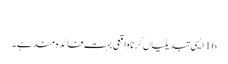
‏
16 ایسی تبدیلیاں کرنا واقعی بہت فائدہ‌مند ہے۔